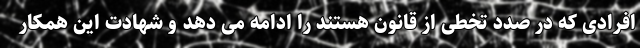
افرادی که در صدد تخطی از قانون هستند را ادامه می دهد و شهادت این همکار